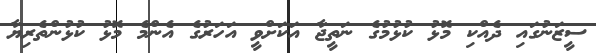
ސީޒަނުގައި ދެއްކި މޮޅު ކުޅުމުގެ ނަތީޖާ އަކަށްވީ އަހަރުގެ އެންމެ މޮޅު ކުޅުންތެރިޔާ